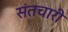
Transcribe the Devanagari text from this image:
संतचारी